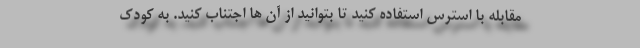
مقابله با استرس استفاده کنید تا بتوانید از آن ها اجتناب کنید. به کودک